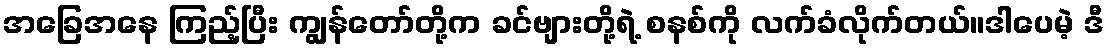
အခြေအနေ ကြည့်ပြီး ကျွန်တော်တို့က ခင်ဗျားတို့ရဲ့ စနစ်ကို လက်ခံလိုက်တယ်။ဒါပေမဲ့ ဒီ